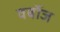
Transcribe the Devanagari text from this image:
वर्बोज